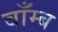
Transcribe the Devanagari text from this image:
बाँम्ब